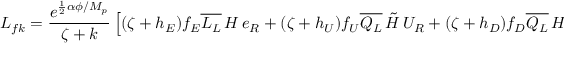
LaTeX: L _ { f k } = \frac { e ^ { \frac { 1 } { 2 } \alpha \phi / M _ { p } } } { \zeta + k } \left[ ( \zeta + h _ { E } ) f _ { E } \overline { { { L _ { L } } } } \, H \, e _ { R } + ( \zeta + h _ { U } ) f _ { U } \overline { { { Q _ { L } } } } \, \tilde { H } \, U _ { R } + ( \zeta + h _ { D } ) f _ { D } \overline { { { Q _ { L } } } } \, H \, D _ { R } + H . c . \right]